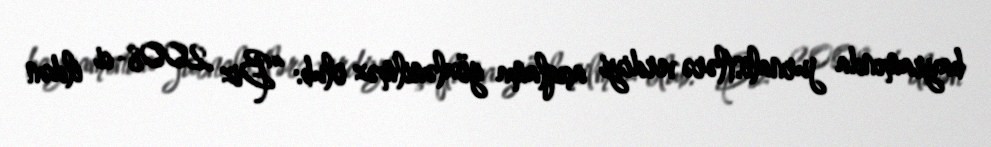
bayramında jurnalistlərə verdiyi açıqlama gözlənilməz olub: “Biz 2008-ci ildən